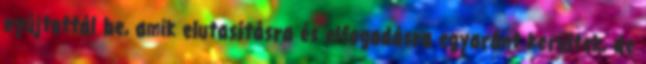
nyújtottál be, amik elutasításra és elfogadásra egyaránt kerültek, de